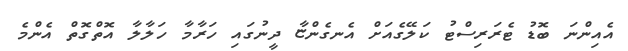
އެއިންނަ ބޮޑު ޓެރަރިސްޓު ކަލޭގެއަށް އެނގެންޏާ ދީނުގައި ހަރާމާ ހަލާލާ އޮތްގޮތް އެންމެ